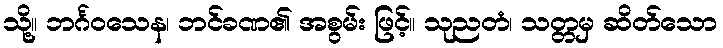
သို့။ ဘင်္ဂဝသေန၊ ဘင်ခဏ၏ အစွမ်း ဖြင့်။ သုညတံ၊ သတ္တမှ ဆိတ်သော